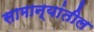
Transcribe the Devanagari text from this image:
सामान्यांतील